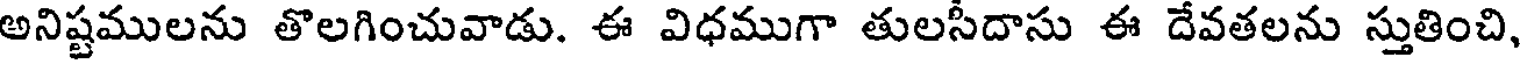
అనిష్టములను తొలగించువాడు. ఈ విధముగా తులసీదాసు ఈ దేవతలను స్తుతించి,